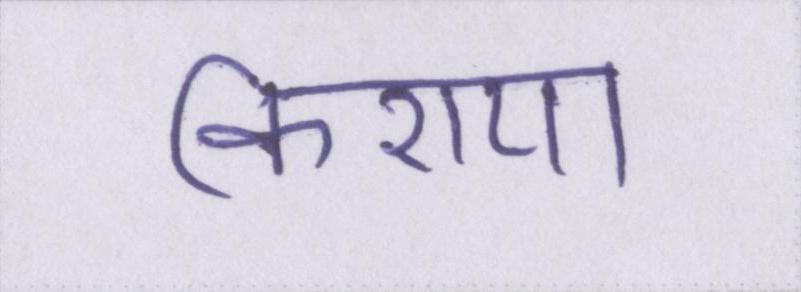
किराया